Medical and sanitary report of the native army of Bengal for the year
Year: 1874
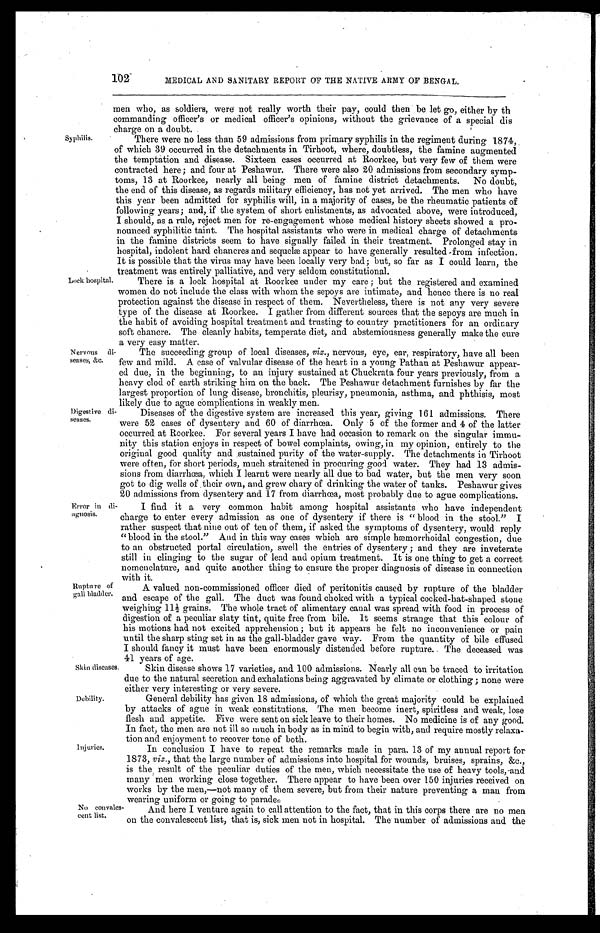
Syphilis.
Lock hospital.
MEDICAL AND SANITARY REPORT OF THE NATIVE ARMY OF BENGAL.
men who, as soldiers, were not really worth their pay, could then be let go, either by th
commanding officer's or medical officer's opinions, without the grievance of a special dis
charge on a doubt.
There were no less than 59 admissions from primary syphilis in the regiment during 1874,
of which 39 occurred in the detachments in Tirhoot, where, doubtless, the famine augmented
the temptation and disease. Sixteen cases occurred at Roorkee, but very few of them were
contracted here ; and four at Peshawur. There were also 20 admissions from secondary symp-
toms, 13 at Roorkee, nearly all being men of famine district detachments. No doubt,
the end of this disease, as regards military efficiency, has not yet arrived. The men who have
this year been admitted for syphilis will, in a majority of cases, be the rheumatic patients of
following years ; and, if the system of short enlistments, as advocated above, were introduced,
I should, as a rule, reject men for re-engagement whose medical history sheets showed a pro-
nounced syphilitic taint. The hospital assistants who were in medical charge of detachments
in the famine districts seem to have signally failed in their treatment. Prolonged stay in
hospital, indolent hard chancres and sequelæ appear to have generally resulted from infection.
It is possible that the virus may have been locally very bad ; but, so far as I could learn, the
treatment was entirely palliative, and very seldom constitutional.
There is a lock hospital at Roorkee under my care ; but the registered and examined
women do not include the class with whom the sepoys are intimate, and hence there is no real
protection against the disease in respect of them. Nevertheless, there is not any very severe
type of the disease at Roorkee. I gather from different sources that the sepoys are much in
the habit of avoiding hospital treatment and trusting to country practitioners for an ordinary
soft chancre. The cleanly habits, temperate diet, and abstemiousness generally make the cure
a very easy matter.
Nervous di-
seases, &c.
Digestive di-
seases.
Error in di-
agnosis.
Rupture of
gall bladder.
The succeeding group of local diseases, viz ., nervous, eye, ear, respiratory, have all been
few and mild. A case of' valvular disease of the heart in a young Pathan at Peshawur appear-
ed due, in the beginning, to an injury sustained at Chuckrata four years previously, from a
heavy clod of earth striking him on the back. The Peshawur detachment furnishes by far the
largest proportion of lung disease, bronchitis, pleurisy, pneumonia, asthma, and phthisis, most
likely due to ague complications in weakly men.
Diseases of the digestive system are increased this year, giving 161 admissions. There
were 52 cases of dysentery and 60 of diarrhœa. Only 5 of the former and 4 of the latter
occurred at Roorkee. For several years I have had occasion to remark on the singular immu-
nity this station enjoys in respect of bowel complaints, owing, in my opinion, entirely to the
original good quality and sustained purity of the water-supply. The detachments in Tirhoot
were often, for short periods, much straitened in procuring good water. They had 13 admis-
sions from diarrhœa, which I learnt were nearly all due to bad water, but the men very soon
got to dig wells of their own, and grew chary of drinking the water of tanks. Peshawur gives
20 admissions from dysentery and 17 from diarrhœa, most probably due to ague complications.
I find it a very common habit among hospital assistants who have independent
charge to enter every admission as one of dysentery if there is " blood in the stool." I
rather suspect that nine out of ten of them, if asked the symptoms of dysentery, would reply
"blood in the stool." And in this way cases which are simple hemorrhoidal congestion, due
to an obstructed portal circulation, swell the entries of dysentery ; and they are inveterate
still in clinging to the sugar of lead and opium treatment. It is one thing to get a correct
nomenclature, and quite another thing to ensure the proper diagnosis of disease in connection
with it.
A valued non-commissioned officer died of peritonitis caused by rupture of the bladder
and escape of the gall. The duct was found choked with a typical cocked-hat-shaped stone
weighing 11 1/2 grains. The whole tract of alimentary canal was spread with food in process of
digestion of a peculiar slaty tint, quite free from bile. It seems strange that this colour of
his motions had not excited apprehension ; but it appears he felt no inconvenience or pain
until the sharp sting set in as the gall-bladder gave way. From the quantity of bile effused
I should fancy it must have been enormously distended before rupture. The deceased was
41 years of age.
Skin diseases.
Debility.
Skin disease shows 17 varieties, and 100 admissions. Nearly all can be traced to irritation
due to the natural secretion and exhalations being aggravated by climate or clothing ; none were
either very interesting or very severe.
General debility has given 18 admissions, of which the great majority could be explained
by attacks of ague in weak constitutions. The men become inert, spiritless and weak, lose
flesh and appetite. Five were sent on sick leave to their homes. No medicine is of any good.
In fact, the men are not ill so much in body as in mind to begin with, and require mostly relaxa-
tion and enjoyment to recover tone of both.
Injuries.
No convales-
cent list.
In conclusion I have to repeat the remarks made in para. 13 of my annual report for
1873, viz ., that the large number of admissions into hospital for wounds, bruises, sprains, &c.,
is the result of the peculiar duties of the men, which necessitate the use of heavy tools, and
many men working close together. There appear to have been over 150 injuries received on
works by the men,—not many of them severe, but from their nature preventing a man from
wearing uniform or going to parade
.
And here I venture again to call attention to the fact, that in this corps there are no men
on the convalescent list, that is, sick men not in hospital. The number of admissions and the